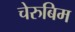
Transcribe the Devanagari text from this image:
चेरुबिम